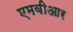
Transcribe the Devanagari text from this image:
एमवीआर